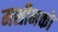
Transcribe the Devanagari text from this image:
मशीनको